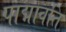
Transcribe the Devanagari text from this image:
पाद्मावति